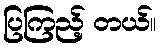
ပြကြည့် တယ်။